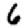
Digit: 6